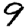
Digit: 9